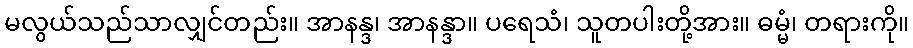
မလွယ်သည်သာလျှင်တည်း။ အာနန္ဒ၊ အာနန္ဒာ။ ပရေသံ၊ သူတပါးတို့အား။ ဓမ္မံ၊ တရားကို။